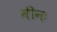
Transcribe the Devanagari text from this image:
मीनः